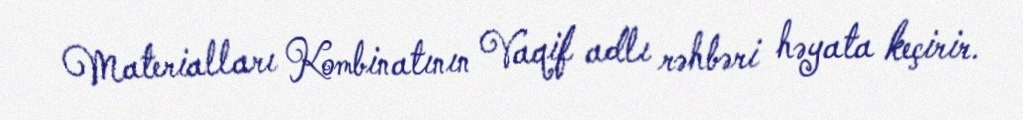
Materialları Kombinatının Vaqif adlı rəhbəri həyata keçirir.